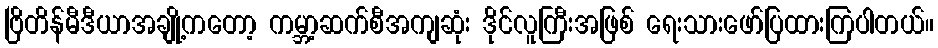
ဗြိတိန်မီဒီယာအချို့ကတော့ ကမ္ဘာ့ဆက်စီအကျဆုံး ဒိုင်လူကြီးအဖြစ် ရေးသားဖော်ပြထားကြပါတယ်။